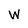
Character: W